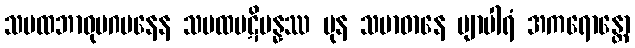
သမထဘာဝုပဂမနေန သမထပဋိပန္နဿ ပုန သမာဓာနေ ဗျာပါရံ အကရောန္တော